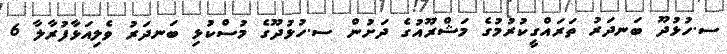
ސ.ހުޅުދޫ ބަނދަރު ތަރައްގީކުރުމުގެ މަޝްރޫއުގެ ދަށުން ސ.ހުޅުދޫގެ މުސްކުޅި ބަނދަރު ވެލިއަޅާފުރާލާ 6